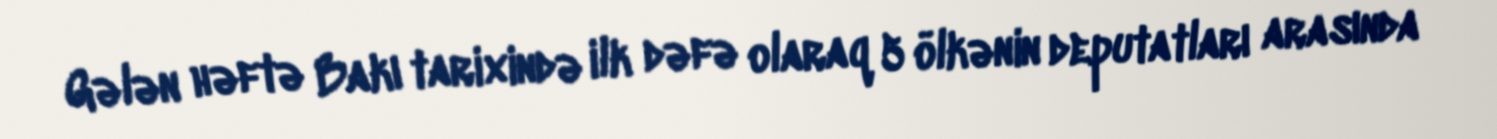
Gələn həftə Bakı tarixində ilk dəfə olaraq 5 ölkənin deputatları arasında